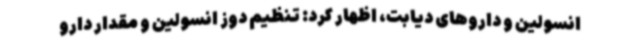
انسولین و داروهای دیابت، اظهار کرد: تنظیم دوز انسولین و مقدار دارو